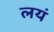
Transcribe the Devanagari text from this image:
लयं